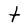
Character: t